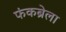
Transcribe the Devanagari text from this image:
फंकब्रेला